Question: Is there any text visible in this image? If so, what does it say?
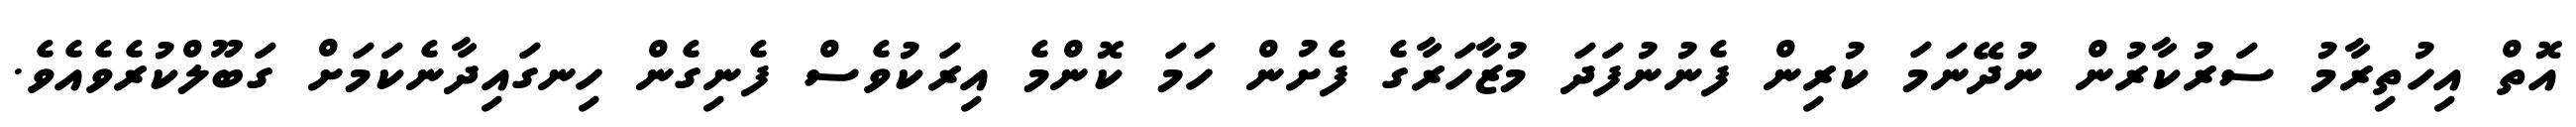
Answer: އޮތް އިހުތިރާމު ސަރުކާރުން ނުދޭނަމަ ކުރިން ފެނުނުފަދަ މުޒާހަރާގެ ފެށުން ހަމަ ކޮންމެ އިރަކުވެސް ފެނިގެން ހިނގައިދާނެކަމަށް ގަބޫލްކުރެވެއެވެ.